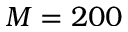
M = 2 0 0